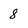
Character: 8